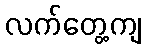
လက်တွေ့ကျ